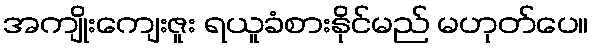
အကျိုးကျေးဇူး ရယူခံစားနိုင်မည် မဟုတ်ပေ။